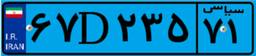
۳۱D۲۲۵۶۷